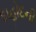
દાહોદની